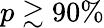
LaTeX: p\gtrsim 90\%